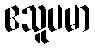
ဧသူပမာ